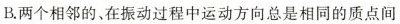
B.两个相邻的、在振动过程中运动方向总是相同的质点间